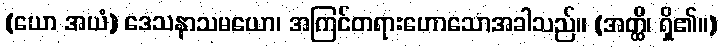
(ယော အယံ) ဒေသနာသမယော၊ အကြင်တရားဟောသောအခါသည်။ (အတ္ထိ၊ ရှိ၏။)